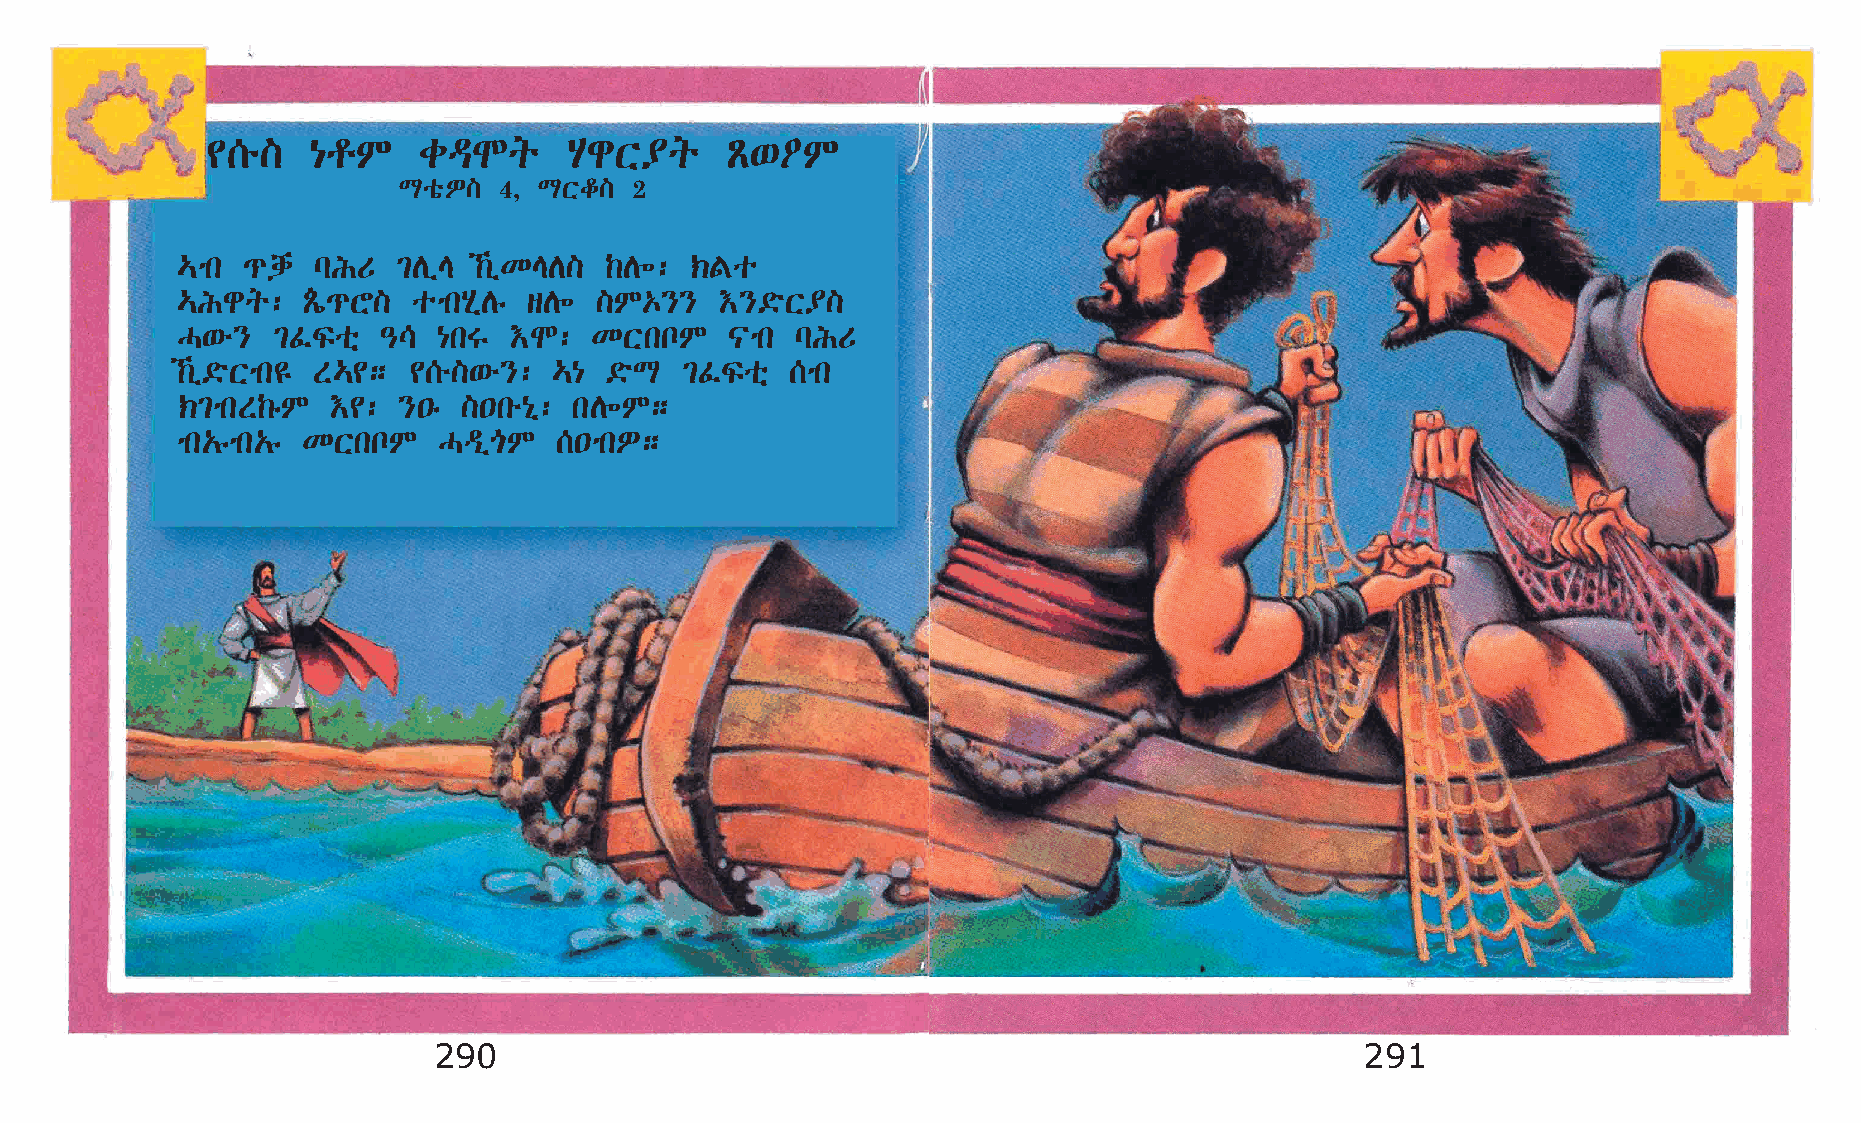
¢[é]  {rM     cªNq      AgX¥q     Ã‘˜M
 LoõÈ]  4, LXf]  2
 …mk ¹dh  lIU  ²DïE ‰ïKED]  ‰D÷:  ‹Fo
 …Igq:   ÃÂí¹Y] omkAðDê sD÷ ]M‡}}    †}©öX¥]
 H‘é}  ²ÊÏoñ  –\  {kT  †N:  KXknM    |mk  lIU
 ‰ï©öXmk£ S…¢; ¢[é]‘é}:  …{ ©öL  ²ÊÏoñ  [mk
 ‹²mkS‰êM  †¢: }•ê  ]•ké{ð: kD÷M;
 mk„êmk„ê KXknM   HªïµM   [•mkÈ;
 290                                                          291